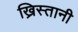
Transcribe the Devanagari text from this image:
ख्रिस्तानी